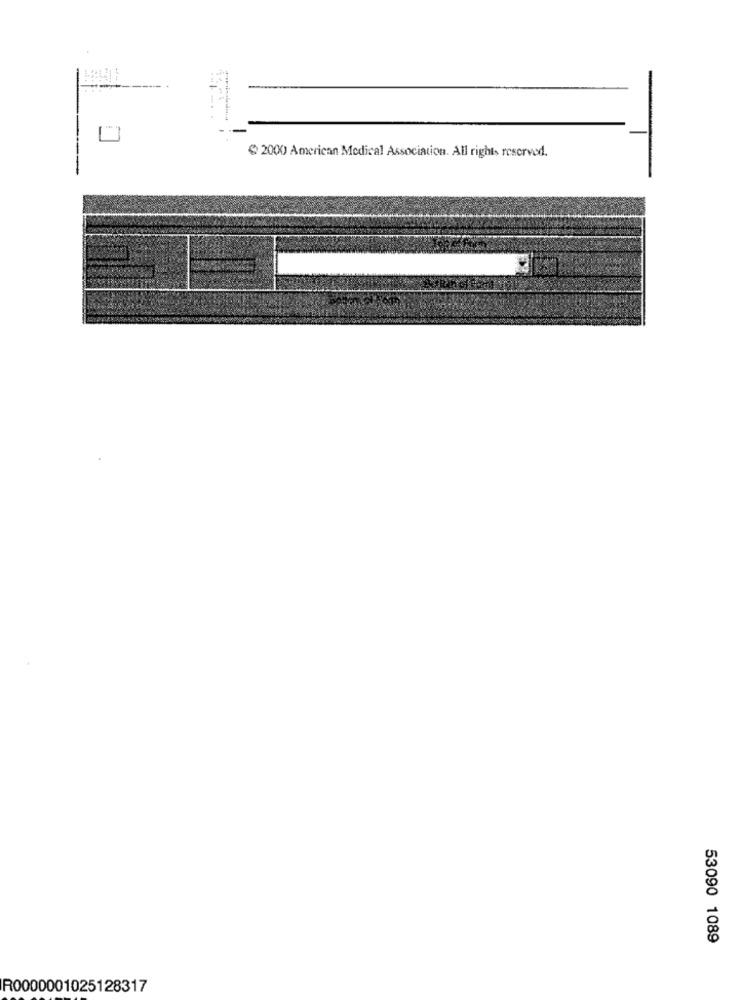
-
-
@ 2000 American Medical Association. All rights reserved.
53090 1089
R0000001025128317